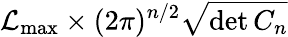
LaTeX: {\cal L}_{\mathrm{max}}\times(2\pi)^{n/2}\sqrt{\operatorname*{det}C_{n}}